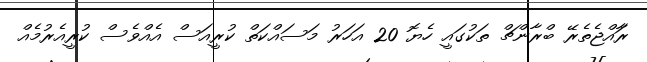
ރަާއްޖެތެރޭ ބްރާންޗް ތަކުގައީ ހެޔޮ 20 އަހަރު މަސައްކަތް ކުރީއަސް އެއްވެސް ކުރީއެރުމެއް